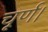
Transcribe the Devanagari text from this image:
चूर्ण।